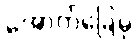
အောက်ခြေမှ